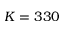
K = 3 3 0